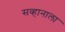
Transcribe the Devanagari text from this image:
सव्हानाला